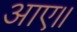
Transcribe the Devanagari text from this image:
आए॥